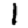
Digit: 1